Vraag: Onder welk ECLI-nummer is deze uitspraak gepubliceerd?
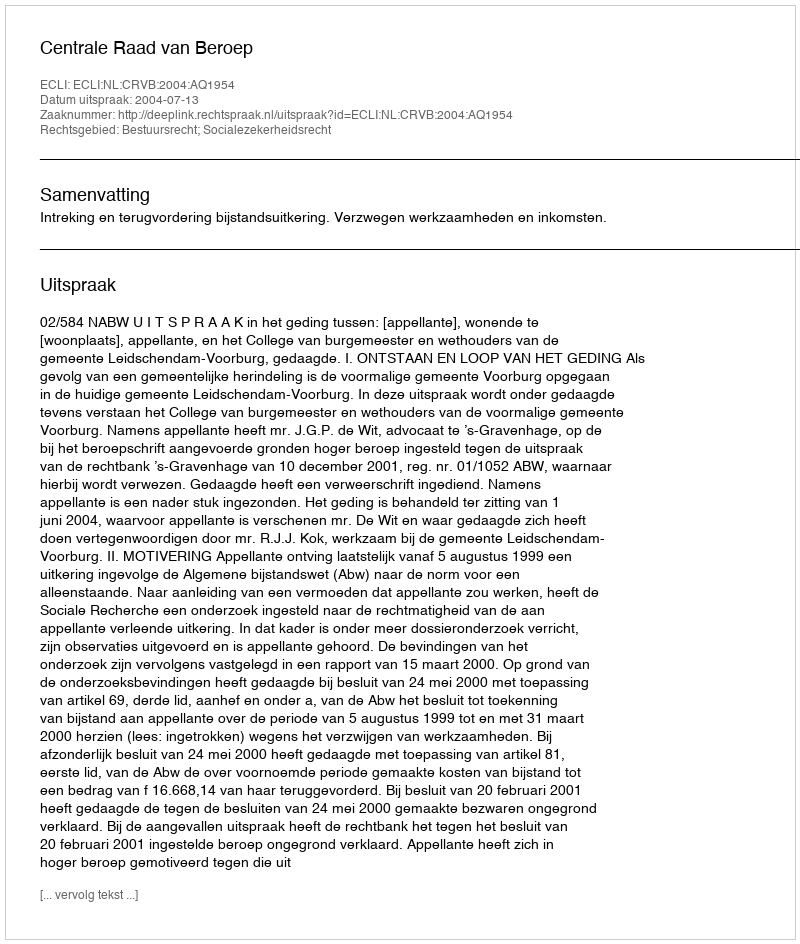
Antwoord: ECLI:NL:CRVB:2004:AQ1954